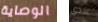
الوصاية عندى